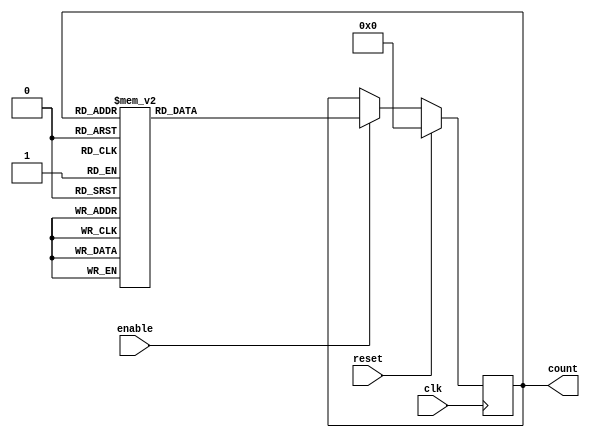
module gray_code_counter (
    input clk,
    input enable,
    input reset,
    output reg [3:0] count
);

always @(posedge clk) begin
    if (reset) begin
        count <= 4'b0000;
    end else if (enable) begin
        case(count)
            4'b0000: count <= 4'b0001;
            4'b0001: count <= 4'b0011;
            4'b0011: count <= 4'b0010;
            4'b0010: count <= 4'b0110;
            4'b0110: count <= 4'b0111;
            4'b0111: count <= 4'b0101;
            4'b0101: count <= 4'b0100;
            4'b0100: count <= 4'b1100;
            4'b1100: count <= 4'b1101;
            4'b1101: count <= 4'b1111;
            4'b1111: count <= 4'b1110;
            4'b1110: count <= 4'b1010;
            4'b1010: count <= 4'b1011;
            4'b1011: count <= 4'b1001;
            4'b1001: count <= 4'b1000;
            4'b1000: count <= 4'b0000;
            default: count <= 4'b0000;
        endcase
    end
end

endmodule